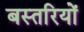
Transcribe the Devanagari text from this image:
बस्तरियों